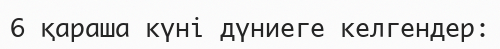
6 қараша күні дүниеге келгендер: